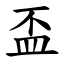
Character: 盃